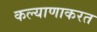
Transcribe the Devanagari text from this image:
कल्याणाकरत